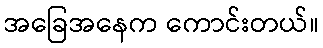
အခြေအနေက ကောင်းတယ်။